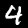
Label: 4